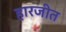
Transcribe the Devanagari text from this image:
हारजीत